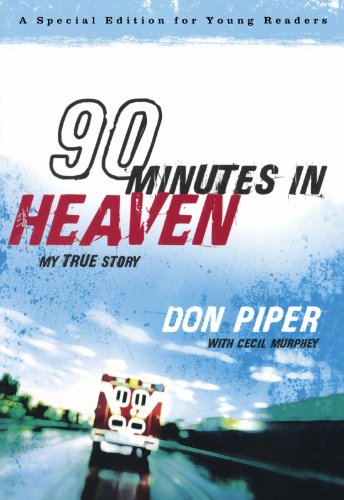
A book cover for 90 Minutes in Heaven: My True Story (A Special Edition for Young Readers); Don Piper; Children's Books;